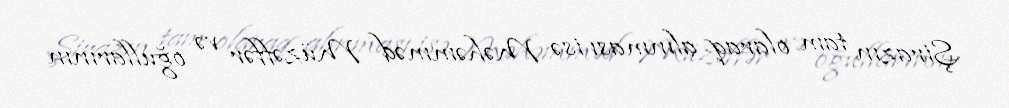
Şirazın tam olaraq alınması isə Məhəmməd Müzəffər və oğullarının